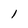
Character: 1